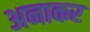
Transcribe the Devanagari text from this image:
अनाकर